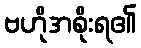
ဗဟိုအစိုးရ၏